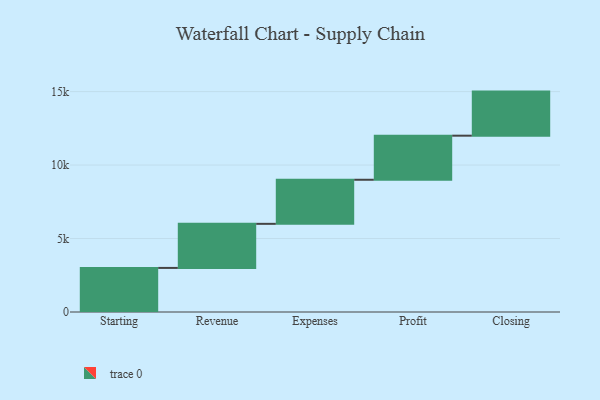
{"axis": {"x": "Step", "y": "Value"}, "legend": [""], "data": [{"x": "Starting", "y": 3000, "type": ""}, {"x": "Revenue", "y": 3000, "type": ""}, {"x": "Expenses", "y": 3000, "type": ""}, {"x": "Profit", "y": 3000, "type": ""}, {"x": "Closing", "y": 3000, "type": ""}]}